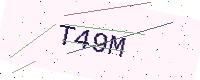
Text: T49M